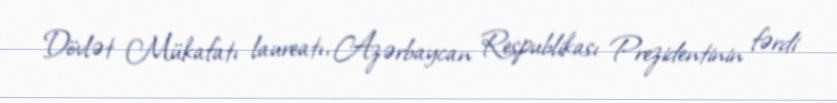
Dövlət Mükafatı laureatı, Azərbaycan Respublikası Prezidentinin fərdi